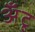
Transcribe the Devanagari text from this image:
अँटू